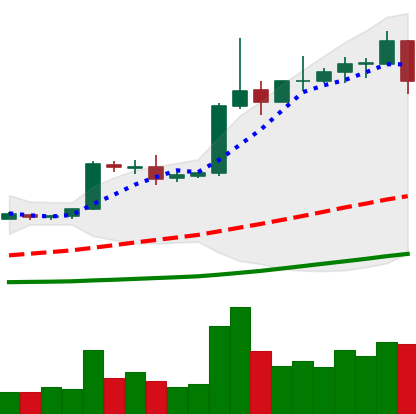
Ticker: EOS-USD
Chart end date: 2019-04-11
Forward return: 3.769%
Label: up_3_5